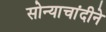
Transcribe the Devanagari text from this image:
सोन्याचांदीने